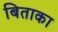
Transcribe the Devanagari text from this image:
बिताका